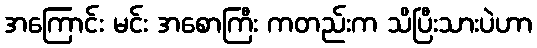
အကြောင်း မင်း အစောကြီး ကတည်းက သိပြီးသားပဲဟာ